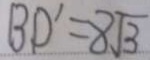
B D ^ { \prime } = 8 \sqrt { 3 }